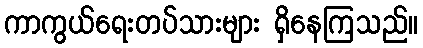
ကာကွယ်ရေးတပ်သားများ ရှိနေကြသည်။